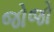
જોજો